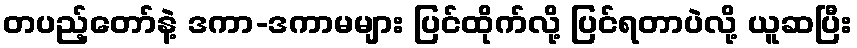
တပည့်တော်နဲ့ ဒကာ-ဒကာမများ ပြင်ထိုက်လို့ ပြင်ရတာပဲလို့ ယူဆပြီး